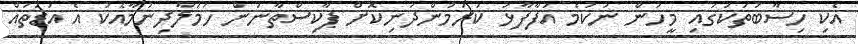
އެކި ހިސާބުތަކުގައި މީހުން ނުކުމެ އުފާފާޅު ކުރަމުންދަނިކޮށް ޕާކިސްތާނުން ހަމަލާދިނުމާއެކު އެ އަޑުތައް